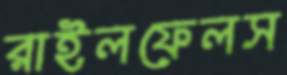
রাইলফেলস